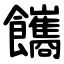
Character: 䭨